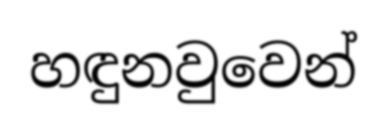
හඳුනවුවෙන්